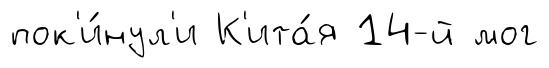
пок'и́нул'и К'ита́я 14-й мог